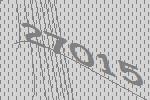
27015